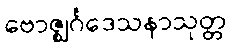
ဗောဇ္ဈင်္ဂဒေသနာသုတ္တ